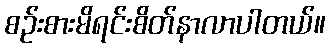
စဉ်းစားမိရင်းစိတ်နာလာပါတယ်။